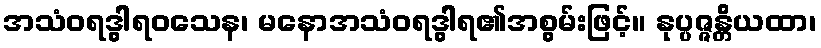
အသံဝရဒွါရဝသေန၊ မနောအသံဝရဒွါရ၏အစွမ်းဖြင့်။ နုပ္ပဇ္ဇန္တိယထာ၊